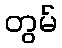
တွမ်